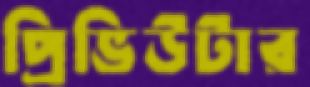
প্রিভিউটার